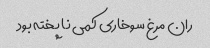
ران مرغ سوخاری کمی نا پخته بود